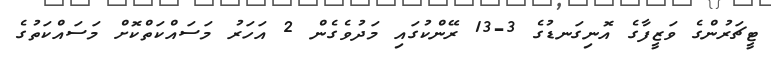
ޓީޗަރުންގެ ވަޒީފާގެ އޮނިގަނޑުގެ 3-13 ރޭންކުގައި މަދުވެގެން 2 އަހަރު މަސައްކަތްކޮށް މަސައްކަތުގެ